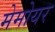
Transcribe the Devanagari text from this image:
मेमोयर